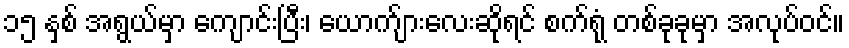
၁၅ နှစ် အရွယ်မှာ ကျောင်းပြီး၊ ယောက်ျားလေးဆိုရင် စက်ရုံ တစ်ခုခုမှာ အလုပ်ဝင်။